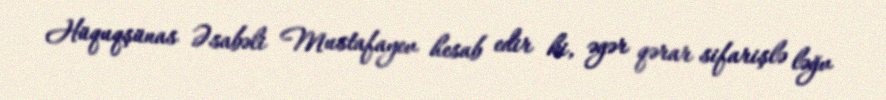
Hüquqşünas Əsabəli Mustafayev hesab edir ki, əgər qərar sifarişlə ləğv